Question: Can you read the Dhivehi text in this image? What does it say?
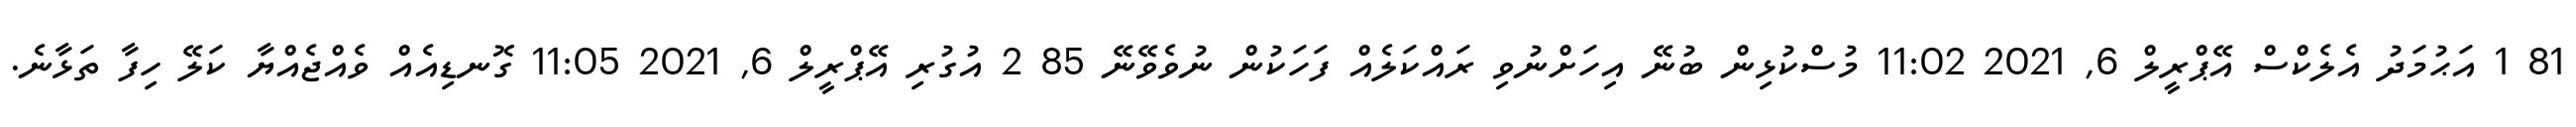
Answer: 81 1 އަޙުމަދު އެލެކްސް އޭޕްރީލް 6, 2021 11:02 މުސްކުޅިން ބުނޭ އިހަށްނުވި ރައްކަލެއް ފަހަކުން ނުވެވޭނޭ 85 2 އުގުރި އޭޕްރީލް 6, 2021 11:05 ގޮނޑިއެއް ވެއްޖެއްޔާ ކަލޭ ހިފާ ތަޅާނެ.